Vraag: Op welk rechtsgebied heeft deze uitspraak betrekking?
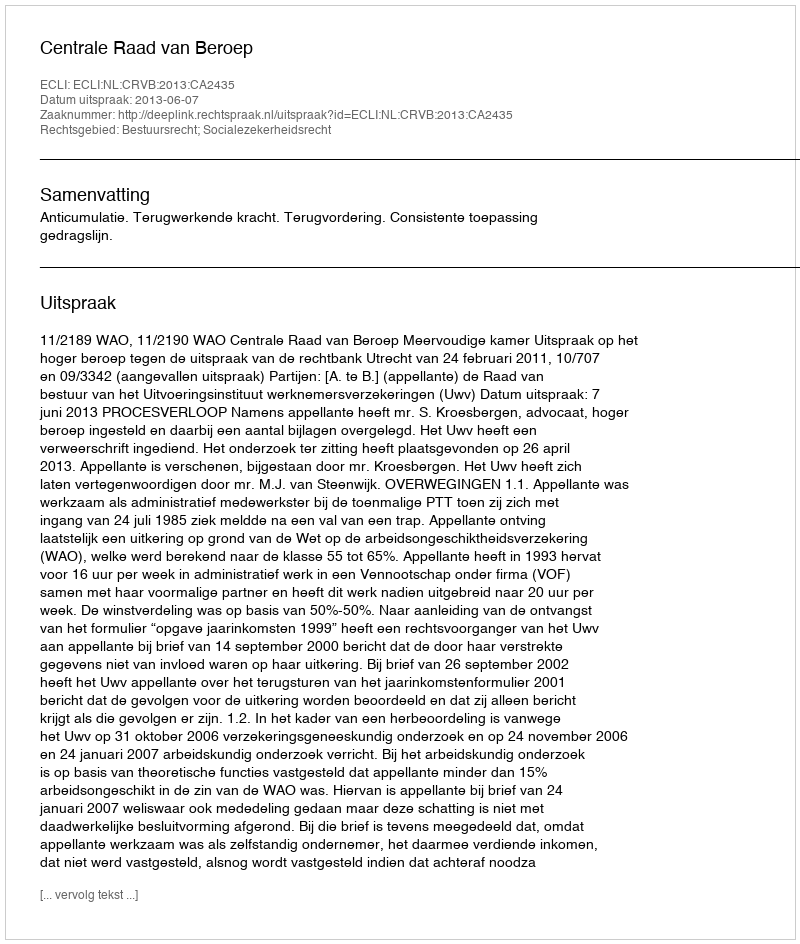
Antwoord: Bestuursrecht; Socialezekerheidsrecht